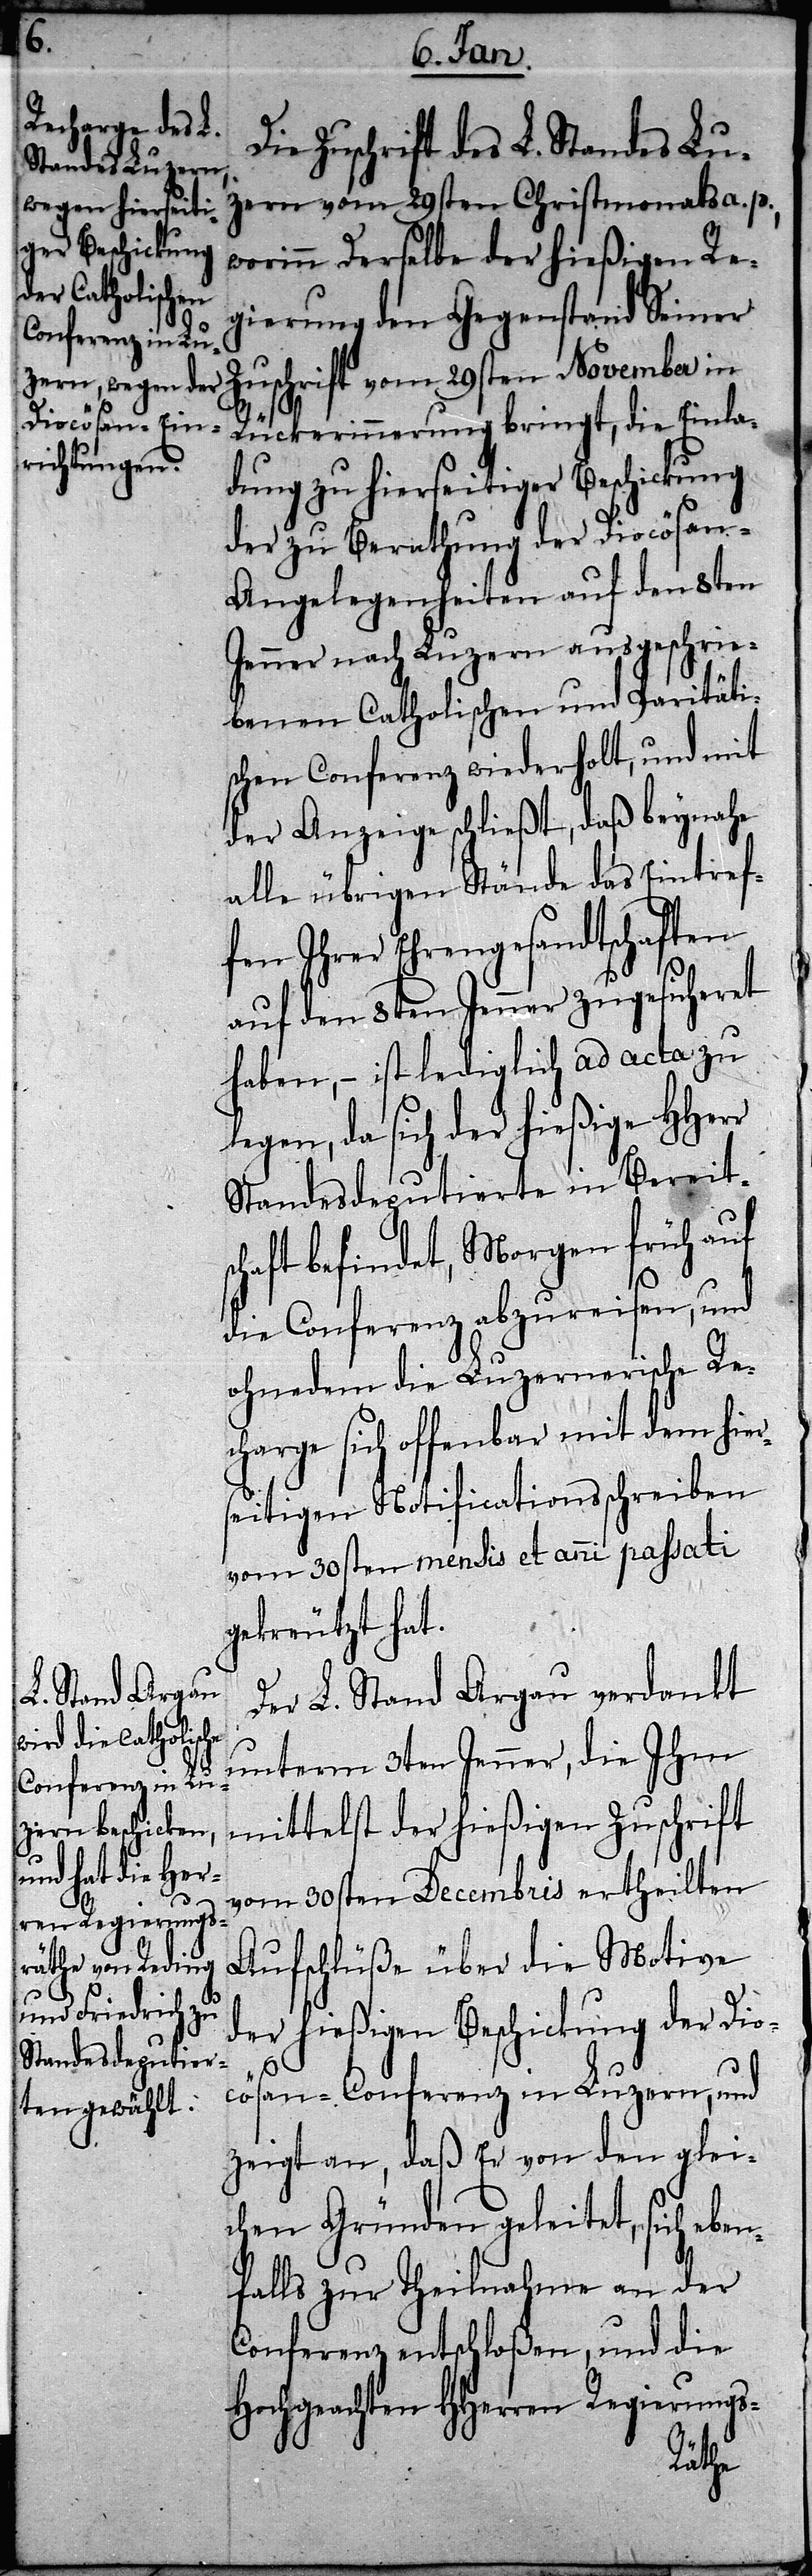
Die Zuschrift des L. Standes Lu¬
zern vom 29sten Christmonats a. p.,
worinn Derselbe der hießigen Re¬
gierung den Gegenstand Seiner
Zuschrift vom 29sten November in
Rückerinnerung bringt, die Einla¬
dung zu hierseitiger Beschickung
der zu Berathung der Diocösan-A¬
ngelegenheiten auf den 8ten
Jenner nach Luzern ausgeschrie¬
benen Catholischen und Paritäti¬
schen Conferenz wiederholt, und mit
der Anzeige schließt, daß beynahe
alle übrigen Stände das Eintref¬
fen Ihrer Ehrengesandtschaften
auf den 8ten Jenner zugesicheret
haben, – ist lediglich ad acta zu
legen, da sich der hießige HHerr
Standesdeputierte in Bereitsc¬
haft befindet, Morgen früh auf
die Conferenz abzureisen, und
ohnedem die Luzernerische Re¬
charge sich offenbar mit dem hier¬
seitigen Notificationsschreiben
vom 30sten mensis et anni passati
gekreutzt hat.
Der L. Stand Argau verdankt
unterm 3ten Jenner, die Ihm
mittelst der hießigen Zuschrift
vom 30sten Decembris ertheilten
Aufschlüße über die Motive
der hießigen Beschickung der Dio¬
cösan-Conferenz in Luzern, und
zeigt an, daß Er von den glei¬
chen Gründen geleitet, sich eben¬
falls zur Theilnahme an der
Conferenz entschloßen, und die
Hochgeachten HHerren Regierungs-